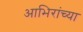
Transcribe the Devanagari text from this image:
आभिरांच्या